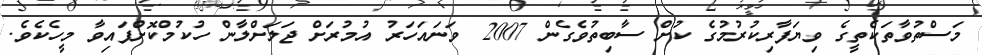
މަސްތުވާތަކެތީގެ ވިޔަފާރިކުރުމުގެ ކުށް ސާބިތުވެގެން 2007 ވަނައަހަރު އުމުރަށް ޖަލަށްލާން ހުކުމްކޮށްފައިވާ މީހެކެވެ.